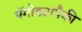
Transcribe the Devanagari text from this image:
पॅगोड्यांपैकी